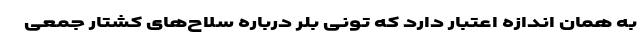
به همان اندازه اعتبار دارد که تونی بلر درباره سلاح‌های کشتار جمعی